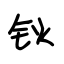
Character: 钬